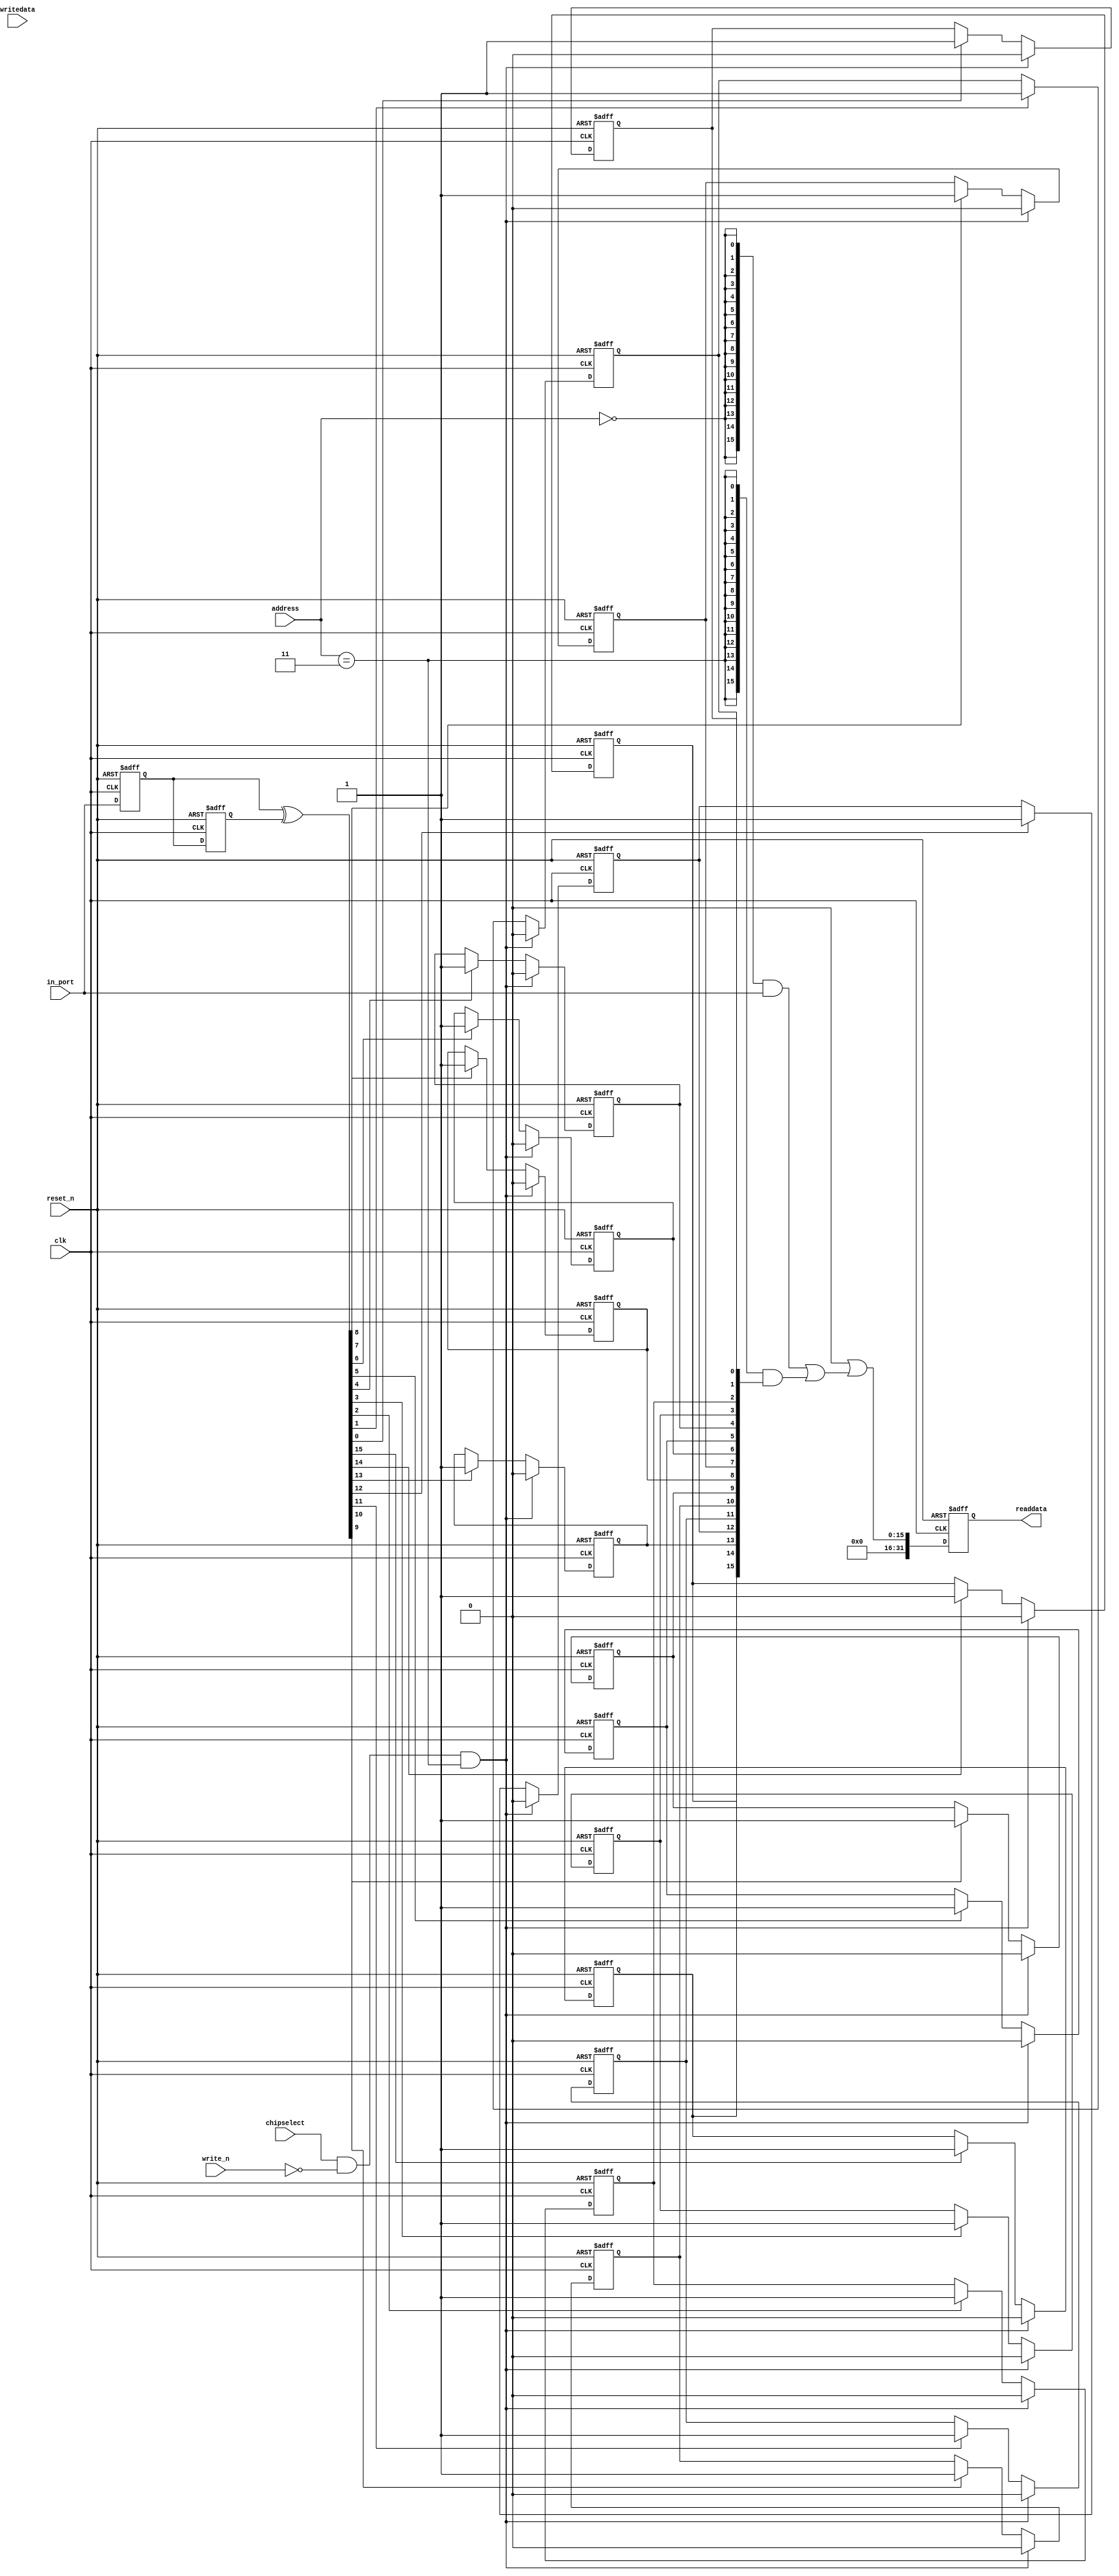
module soc_system_box_x0 (
                           // inputs:
                            address,
                            chipselect,
                            clk,
                            in_port,
                            reset_n,
                            write_n,
                            writedata,

                           // outputs:
                            readdata
                         )
;

  output  [ 31: 0] readdata;
  input   [  1: 0] address;
  input            chipselect;
  input            clk;
  input   [ 15: 0] in_port;
  input            reset_n;
  input            write_n;
  input   [ 31: 0] writedata;

  wire             clk_en;
  reg     [ 15: 0] d1_data_in;
  reg     [ 15: 0] d2_data_in;
  wire    [ 15: 0] data_in;
  reg     [ 15: 0] edge_capture;
  wire             edge_capture_wr_strobe;
  wire    [ 15: 0] edge_detect;
  wire    [ 15: 0] read_mux_out;
  reg     [ 31: 0] readdata;
  assign clk_en = 1;
  //s1, which is an e_avalon_slave
  assign read_mux_out = ({16 {(address == 0)}} & data_in) |
    ({16 {(address == 3)}} & edge_capture);

  always @(posedge clk or negedge reset_n)
    begin
      if (reset_n == 0)
          readdata <= 0;
      else if (clk_en)
          readdata <= {32'b0 | read_mux_out};
    end


  assign data_in = in_port;
  assign edge_capture_wr_strobe = chipselect && ~write_n && (address == 3);
  always @(posedge clk or negedge reset_n)
    begin
      if (reset_n == 0)
          edge_capture[0] <= 0;
      else if (clk_en)
          if (edge_capture_wr_strobe)
              edge_capture[0] <= 0;
          else if (edge_detect[0])
              edge_capture[0] <= -1;
    end


  always @(posedge clk or negedge reset_n)
    begin
      if (reset_n == 0)
          edge_capture[1] <= 0;
      else if (clk_en)
          if (edge_capture_wr_strobe)
              edge_capture[1] <= 0;
          else if (edge_detect[1])
              edge_capture[1] <= -1;
    end


  always @(posedge clk or negedge reset_n)
    begin
      if (reset_n == 0)
          edge_capture[2] <= 0;
      else if (clk_en)
          if (edge_capture_wr_strobe)
              edge_capture[2] <= 0;
          else if (edge_detect[2])
              edge_capture[2] <= -1;
    end


  always @(posedge clk or negedge reset_n)
    begin
      if (reset_n == 0)
          edge_capture[3] <= 0;
      else if (clk_en)
          if (edge_capture_wr_strobe)
              edge_capture[3] <= 0;
          else if (edge_detect[3])
              edge_capture[3] <= -1;
    end


  always @(posedge clk or negedge reset_n)
    begin
      if (reset_n == 0)
          edge_capture[4] <= 0;
      else if (clk_en)
          if (edge_capture_wr_strobe)
              edge_capture[4] <= 0;
          else if (edge_detect[4])
              edge_capture[4] <= -1;
    end


  always @(posedge clk or negedge reset_n)
    begin
      if (reset_n == 0)
          edge_capture[5] <= 0;
      else if (clk_en)
          if (edge_capture_wr_strobe)
              edge_capture[5] <= 0;
          else if (edge_detect[5])
              edge_capture[5] <= -1;
    end


  always @(posedge clk or negedge reset_n)
    begin
      if (reset_n == 0)
          edge_capture[6] <= 0;
      else if (clk_en)
          if (edge_capture_wr_strobe)
              edge_capture[6] <= 0;
          else if (edge_detect[6])
              edge_capture[6] <= -1;
    end


  always @(posedge clk or negedge reset_n)
    begin
      if (reset_n == 0)
          edge_capture[7] <= 0;
      else if (clk_en)
          if (edge_capture_wr_strobe)
              edge_capture[7] <= 0;
          else if (edge_detect[7])
              edge_capture[7] <= -1;
    end


  always @(posedge clk or negedge reset_n)
    begin
      if (reset_n == 0)
          edge_capture[8] <= 0;
      else if (clk_en)
          if (edge_capture_wr_strobe)
              edge_capture[8] <= 0;
          else if (edge_detect[8])
              edge_capture[8] <= -1;
    end


  always @(posedge clk or negedge reset_n)
    begin
      if (reset_n == 0)
          edge_capture[9] <= 0;
      else if (clk_en)
          if (edge_capture_wr_strobe)
              edge_capture[9] <= 0;
          else if (edge_detect[9])
              edge_capture[9] <= -1;
    end


  always @(posedge clk or negedge reset_n)
    begin
      if (reset_n == 0)
          edge_capture[10] <= 0;
      else if (clk_en)
          if (edge_capture_wr_strobe)
              edge_capture[10] <= 0;
          else if (edge_detect[10])
              edge_capture[10] <= -1;
    end


  always @(posedge clk or negedge reset_n)
    begin
      if (reset_n == 0)
          edge_capture[11] <= 0;
      else if (clk_en)
          if (edge_capture_wr_strobe)
              edge_capture[11] <= 0;
          else if (edge_detect[11])
              edge_capture[11] <= -1;
    end


  always @(posedge clk or negedge reset_n)
    begin
      if (reset_n == 0)
          edge_capture[12] <= 0;
      else if (clk_en)
          if (edge_capture_wr_strobe)
              edge_capture[12] <= 0;
          else if (edge_detect[12])
              edge_capture[12] <= -1;
    end


  always @(posedge clk or negedge reset_n)
    begin
      if (reset_n == 0)
          edge_capture[13] <= 0;
      else if (clk_en)
          if (edge_capture_wr_strobe)
              edge_capture[13] <= 0;
          else if (edge_detect[13])
              edge_capture[13] <= -1;
    end


  always @(posedge clk or negedge reset_n)
    begin
      if (reset_n == 0)
          edge_capture[14] <= 0;
      else if (clk_en)
          if (edge_capture_wr_strobe)
              edge_capture[14] <= 0;
          else if (edge_detect[14])
              edge_capture[14] <= -1;
    end


  always @(posedge clk or negedge reset_n)
    begin
      if (reset_n == 0)
          edge_capture[15] <= 0;
      else if (clk_en)
          if (edge_capture_wr_strobe)
              edge_capture[15] <= 0;
          else if (edge_detect[15])
              edge_capture[15] <= -1;
    end


  always @(posedge clk or negedge reset_n)
    begin
      if (reset_n == 0)
        begin
          d1_data_in <= 0;
          d2_data_in <= 0;
        end
      else if (clk_en)
        begin
          d1_data_in <= data_in;
          d2_data_in <= d1_data_in;
        end
    end


  assign edge_detect = d1_data_in ^  d2_data_in;

endmodule